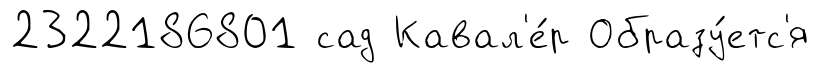
2322186801 сад Кавал'е́р Образу́етс'я